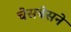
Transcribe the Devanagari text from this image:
चेसबेसने